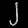
Digit: ၂